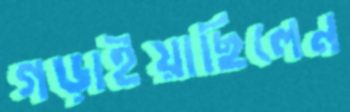
গড়াইয়াছিলেন